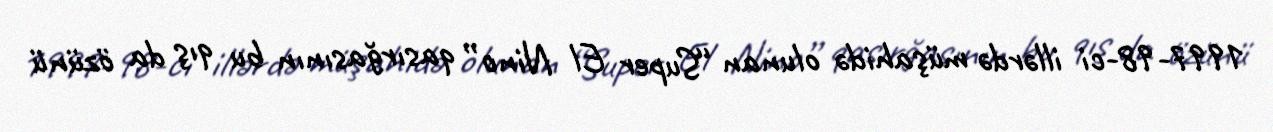
1997-98-ci illərdə müşahidə olunan “Super El Nino” qasırğasının bu qış da özünü